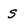
Character: S